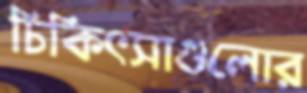
চিকিৎসাগুলোর